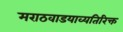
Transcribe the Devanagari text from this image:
मराठवाडयाव्यतिरिक्त